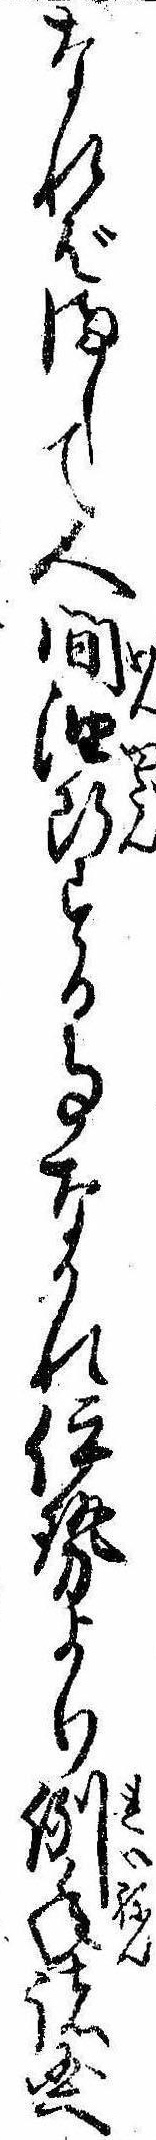
なればまして人間油断する事なかれ伊勢より例年諸国へ